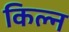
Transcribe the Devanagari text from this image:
किल्न